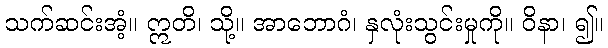
သက်ဆင်းအံ့။ ဣတိ၊ သို့။ အာဘောဂံ၊ နှလုံးသွင်းမှုကို။ ဝိနာ၊ ၍။